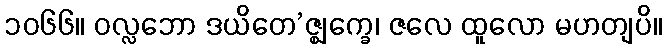
၁၀၆၆။ ဝလ္လဘော ဒယိတေ’ဇ္ဈက္ခေ၊ ဇလေ ထူလော မဟတျပိ။